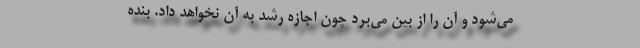
می‌شود و آن را از بین می‌برد چون اجازه رشد به آن نخواهد داد. بنده